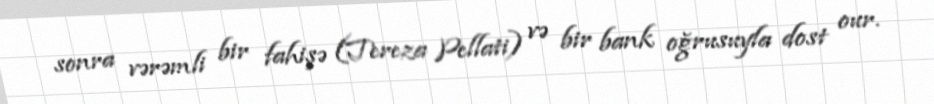
sonra vərəmli bir fahişə (Tereza Pellati) və bir bank oğrusuyla dost our.